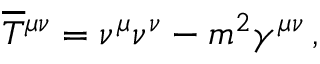
\overline { { T } } { ^ { \mu \nu } } = \nu ^ { \mu } \nu ^ { \nu } - m ^ { 2 } \gamma ^ { \mu \nu } \, ,